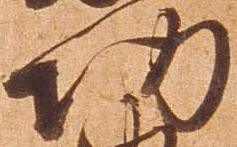
功